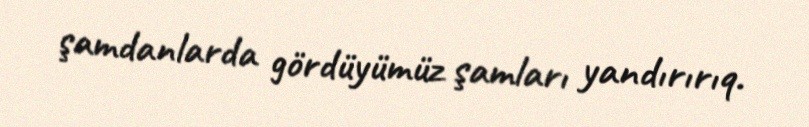
şamdanlarda gördüyümüz şamları yandırırıq.